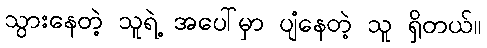
သွားနေတဲ့ သူရဲ့ အပေါ်မှာ ပျံနေတဲ့ သူ ရှိတယ်။